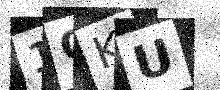
Text: 1OKU